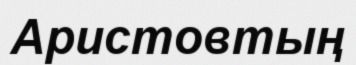
Аристовтың